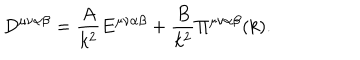
LaTeX: D ^ { \mu \nu \alpha \beta } = \frac { A } { k ^ { 2 } } E ^ { \mu \nu \alpha \beta } + \frac { B } { k ^ { 2 } } \Pi ^ { \mu \nu \alpha \beta } ( k ) .